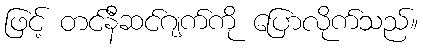
ဖြင့် တင်နီဆင်ဂျက်ကို ပြောလိုက်သည်။